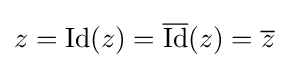
z={\text{Id}}(z)={\overline {\text{Id}}}(z)={\overline {z}}